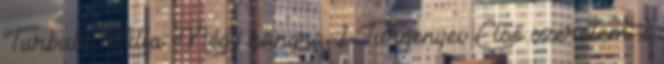
Turbuly Lilla: Négy hangra 1 Turgenyev Első szerelem 1